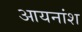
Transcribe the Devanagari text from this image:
आयनांश